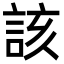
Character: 該